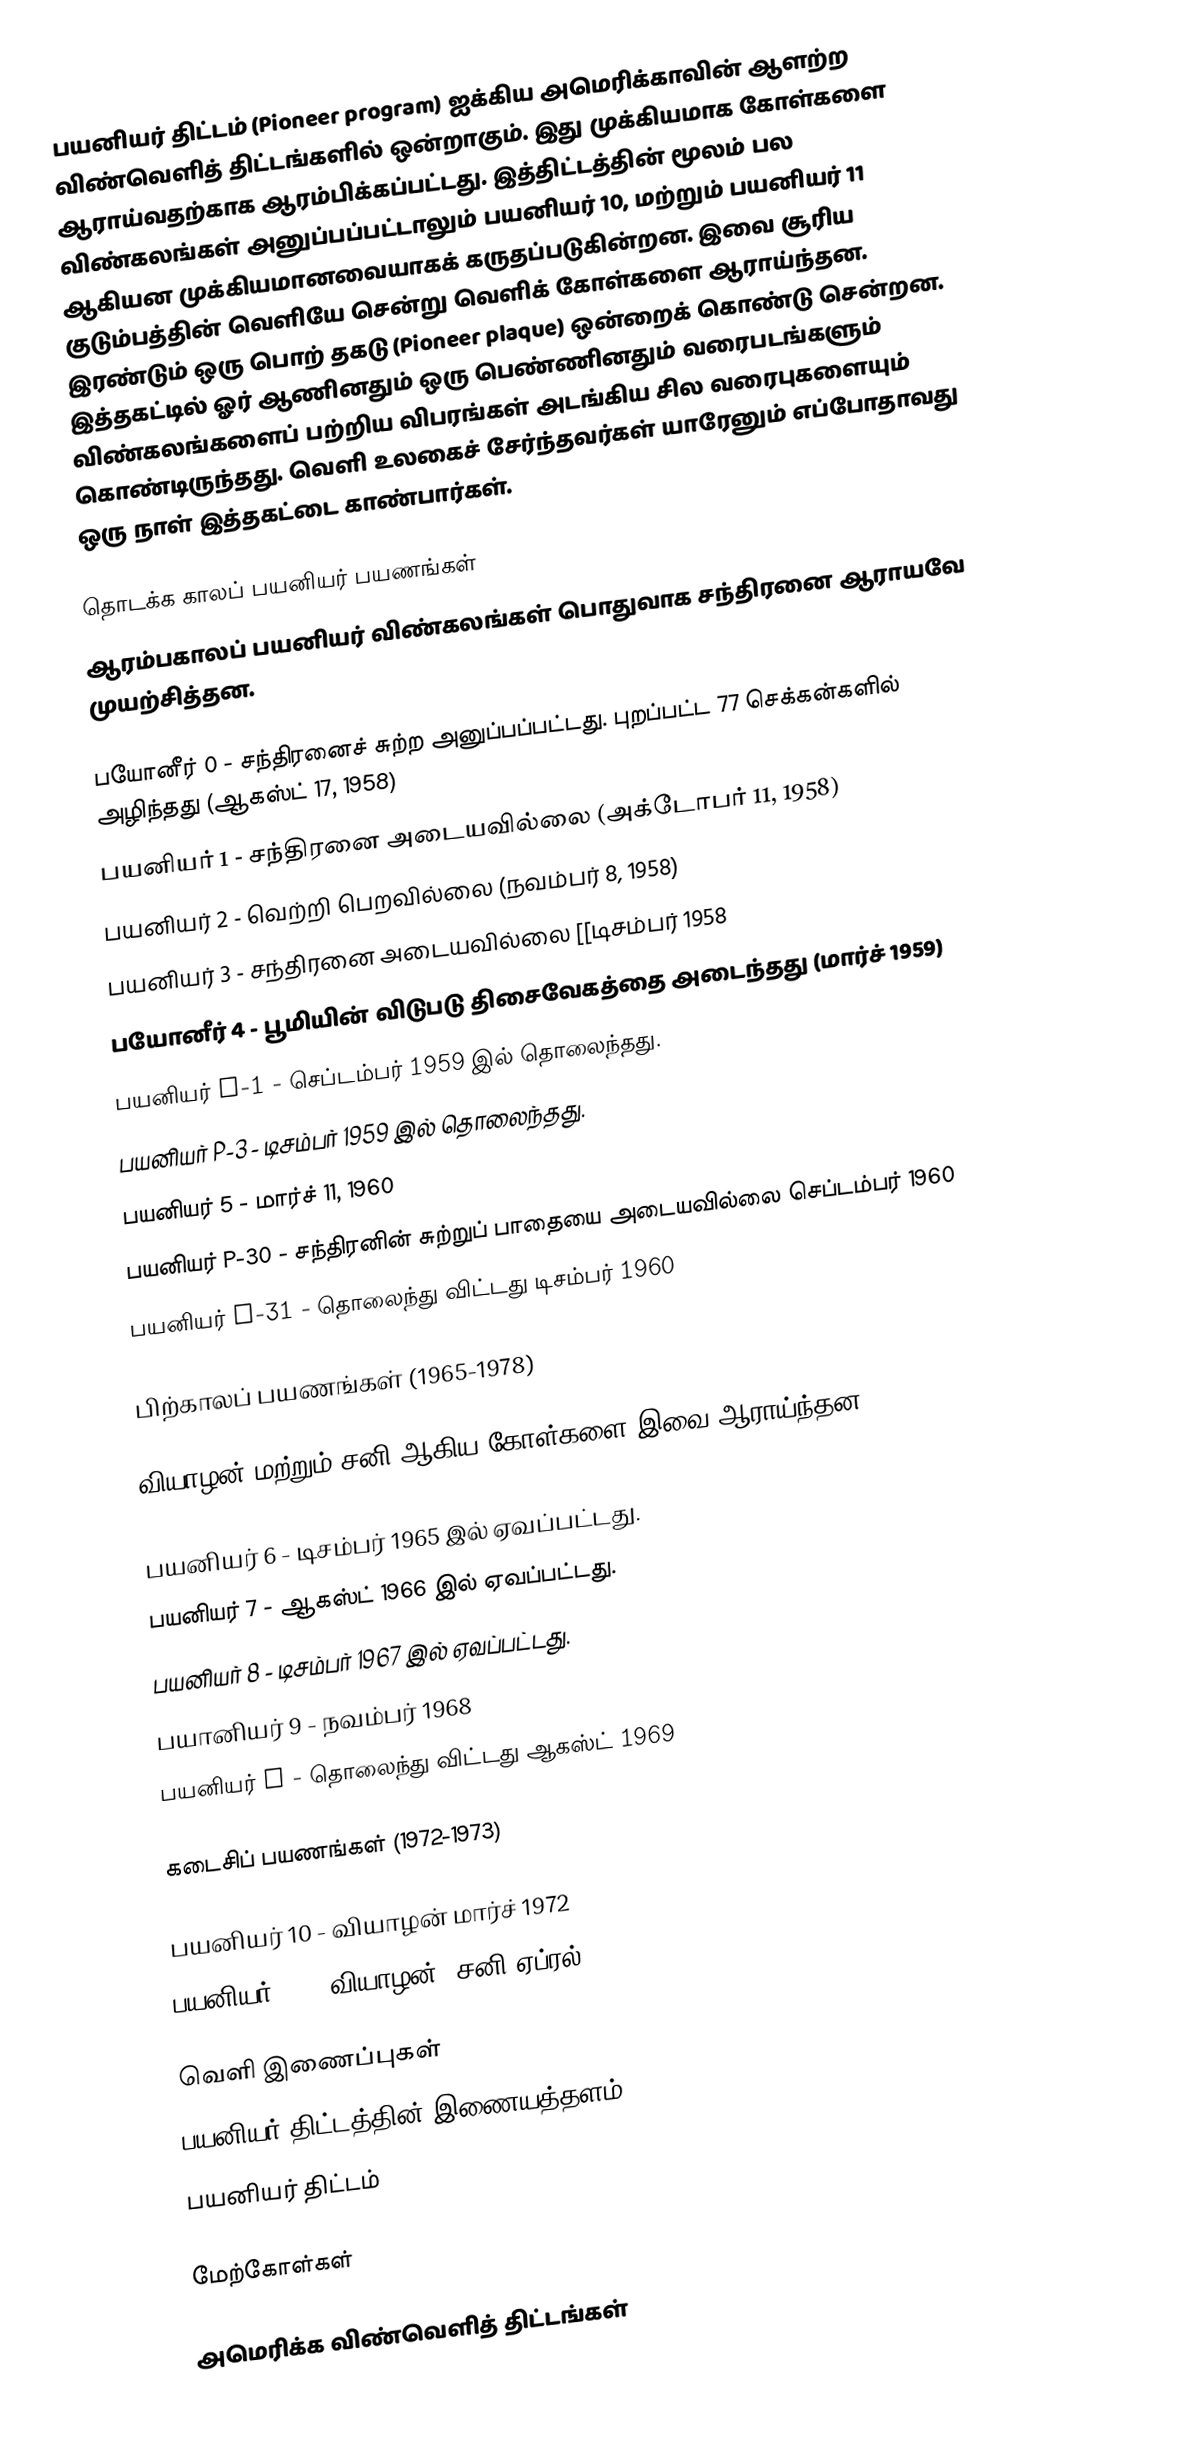
பயனியர் திட்டம் (Pioneer program) ஐக்கிய அமெரிக்காவின் ஆளற்ற விண்வெளித் திட்டங்களில் ஒன்றாகும். இது முக்கியமாக கோள்களை ஆராய்வதற்காக ஆரம்பிக்கப்பட்டது. இத்திட்டத்தின் மூலம் பல விண்கலங்கள் அனுப்பப்பட்டாலும் பயனியர் 10, மற்றும் பயனியர் 11 ஆகியன முக்கியமானவையாகக் கருதப்படுகின்றன. இவை சூரிய குடும்பத்தின் வெளியே சென்று வெளிக் கோள்களை ஆராய்ந்தன. இரண்டும் ஒரு பொற் தகடு (Pioneer plaque) ஒன்றைக் கொண்டு சென்றன. இத்தகட்டில் ஓர் ஆணினதும் ஒரு பெண்ணினதும் வரைபடங்களும் விண்கலங்களைப் பற்றிய விபரங்கள் அடங்கிய சில வரைபுகளையும் கொண்டிருந்தது. வெளி உலகைச் சேர்ந்தவர்கள் யாரேனும் எப்போதாவது ஒரு நாள் இத்தகட்டை காண்பார்கள்.

தொடக்க காலப் பயனியர் பயணங்கள்
ஆரம்பகாலப் பயனியர் விண்கலங்கள் பொதுவாக சந்திரனை ஆராயவே முயற்சித்தன.

 பயோனீர் 0 - சந்திரனைச் சுற்ற அனுப்பப்பட்டது. புறப்பட்ட 77 செக்கன்களில் அழிந்தது (ஆகஸ்ட் 17, 1958)
 பயனியர் 1 - சந்திரனை அடையவில்லை (அக்டோபர் 11, 1958)
 பயனியர் 2 - வெற்றி பெறவில்லை (நவம்பர் 8, 1958)
 பயனியர் 3 - சந்திரனை அடையவில்லை [[டிசம்பர் 1958
 பயோனீர் 4 - பூமியின் விடுபடு திசைவேகத்தை அடைந்தது (மார்ச் 1959)
 பயனியர் P-1 - செப்டம்பர் 1959 இல் தொலைந்தது.
 பயனியர் P-3 - டிசம்பர் 1959 இல் தொலைந்தது.
 பயனியர் 5 - மார்ச் 11, 1960
 பயனியர் P-30 - சந்திரனின் சுற்றுப் பாதையை அடையவில்லை செப்டம்பர் 1960
 பயனியர் P-31 - தொலைந்து விட்டது டிசம்பர் 1960

பிற்காலப் பயணங்கள் (1965-1978)

வியாழன் மற்றும் சனி ஆகிய கோள்களை இவை ஆராய்ந்தன.

 பயனியர் 6 - டிசம்பர் 1965 இல் ஏவப்பட்டது.
 பயனியர் 7 - ஆகஸ்ட் 1966 இல் ஏவப்பட்டது.
 பயனியர் 8 - டிசம்பர் 1967 இல் ஏவப்பட்டது.
 பயானியர் 9 - நவம்பர் 1968
 பயனியர் E - தொலைந்து விட்டது ஆகஸ்ட் 1969

கடைசிப் பயணங்கள் (1972-1973)

 பயனியர் 10 - வியாழன் மார்ச் 1972
 பயனியர் 11 - வியாழன், சனி ஏப்ரல் 1973

வெளி இணைப்புகள்
 பயனியர் திட்டத்தின் இணையத்தளம்
 பயனியர் திட்டம்

மேற்கோள்கள்

அமெரிக்க விண்வெளித் திட்டங்கள்